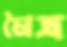
মৈত্র